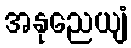
အနုညေယျံ